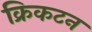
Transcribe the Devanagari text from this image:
क्रिकटन